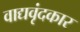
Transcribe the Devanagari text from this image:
वाद्यवृंदकार